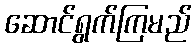
ဆောင်ရွက်ကြမည်